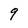
Character: 9